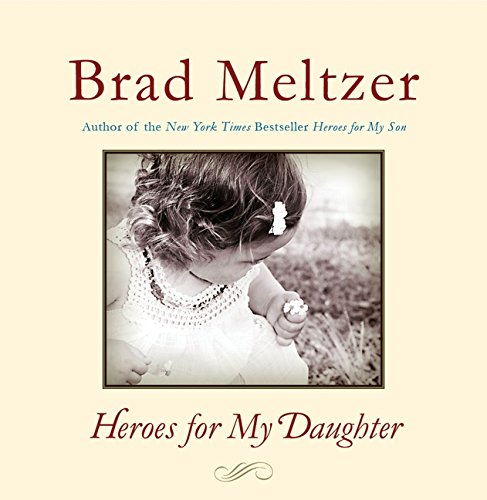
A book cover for Heroes for My Daughter; Brad Meltzer; Parenting & Relationships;